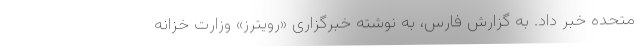
متحده خبر داد. به گزارش فارس، به نوشته خبرگزاری «رویترز» وزارت خزانه